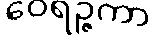
ဝေရဉ္ဇကာ